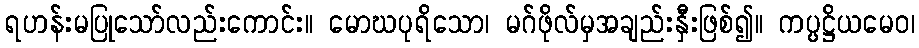
ရဟန်းမပြုသော်လည်းကောင်း။ မောဃပုရိသော၊ မဂ်ဖိုလ်မှအချည်းနှီးဖြစ်၍။ ကပ္ပဋ္ဌိယမေဝ၊